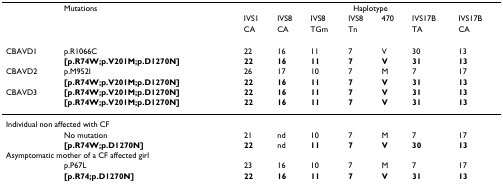
|  | Mutations | <COLSPAN=7> Haplotype |
 |  |  | IVS1 | IVS8 | IVS8 | IVS8 | 470 | IVS17B | IVS17B |
 |  |  | CA | CA | TGm | Tn |  | TA | CA |
 | --- | --- | --- | --- | --- | --- | --- | --- | --- |
 | CBAVD1 | p.R1066C | 22 | 16 | 11 | 7 | V | 30 | 13 |
 |  | [p.R74W;p.V201M;p.D1270N] | 22 | 16 | 11 | 7 | V | 31 | 13 |
 | CBAVD2 | p.M952I | 26 | 17 | 10 | 7 | M | 7 | 17 |
 |  | [p.R74W;p.V201M;p.D1270N] | 22 | 16 | 11 | 7 | V | 31 | 13 |
 | CBAVD3 | [p.R74W;p.V201M;p.D1270N] | 22 | 16 | 11 | 7 | V | 31 | 13 |
 |  | [p.R74W;p.V201M;p.D1270N] | 22 | 16 | 11 | 7 | V | 31 | 13 |
 | <COLSPAN=2> Individual non affected with CF |  |  |  |  |  |  |  |
 |  | No mutation | 21 | nd | 10 | 7 | M | 7 | 17 |
 |  | [p.R74W;p.D1270N] | 22 | nd | 11 | 7 | V | 30 | 13 |
 | <COLSPAN=2> Asymptomatic mother of a CF affected girl |  |  |  |  |  |  |  |
 |  | p.P67L | 23 | 16 | 10 | 7 | M | 7 | 17 |
 |  | [p.R74;p.D1270N] | 22 | 16 | 11 | 7 | V | 31 | 13 |